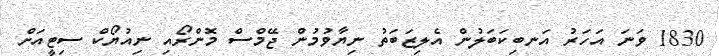
1830 ވަނަ އަހަރު އަނބިކަބަލުން އެލިޒަބަތު ނިޔާވުމުން ޖޭމްސް މޮންރޯއި ނިއުޔޯކް ސިޓީއަށް